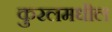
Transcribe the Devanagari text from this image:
कुरलमधील